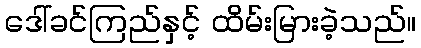
ဒေါ်ခင်ကြည်နှင့် ထိမ်းမြားခဲ့သည်။